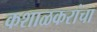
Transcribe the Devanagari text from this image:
कशाळकरांचा